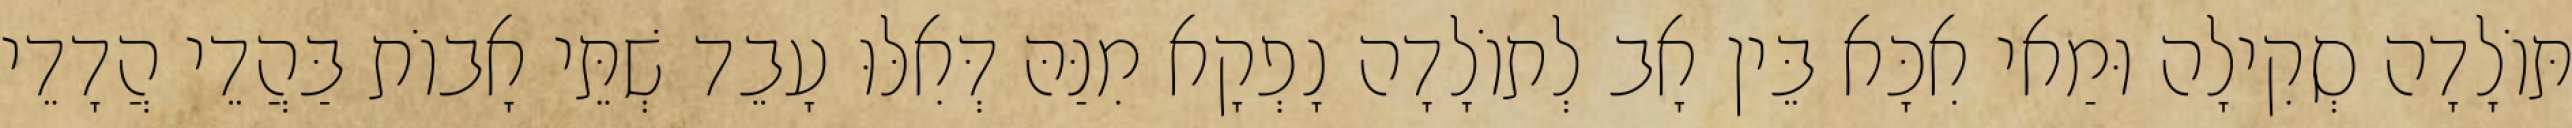
תּוֹלָדָה סְקִילָה וּמַאי אִכָּא בֵּין אָב לְתוֹלָדָה נָפְקָא מִנַּהּ דְּאִלּוּ עָבֵד שְׁתֵּי אָבוֹת בַּהֲדֵי הֲדָדֵי